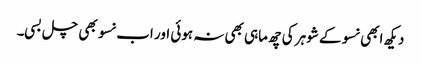
دیکھ ابھی نسو کے شوہر کی چھ ماہی بھی نہ ہوئی اور اب نسو بھی چل بسی۔